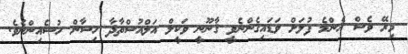
މިރޭ ވެސް އެންމެ ފުލަށް ވަޑައިގެންނެވީ ޤާނޫނީ ވަކީލް އަލްއުސްތާޛާ ހިސާން ހުސެއިންނެވެ.